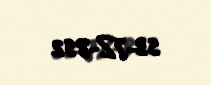
53-TZ-852